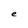
Character: e